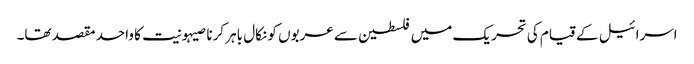
اسرائیل کے قیام کی تحریک میں فلسطین سے عربوں کو نکال باہر کرنا صیہونیت کا واحد مقصد تھا۔